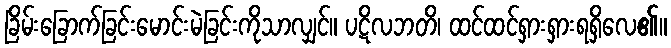
ခြိမ်းခြောက်ခြင်းမောင်းမဲခြင်းကိုသာလျှင်။ ပဋိလဘတိ၊ ထင်ထင်ရှားရှားရရှိလေ၏။